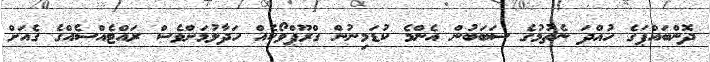
ދޮންބައްޕަގެ ހުއްދަ ނެތުމުގެ ސަބަބުން އެންމެ ކުޑަމިނުން ގްރޫޕްވޯކެއް ހަދާލުމަށްވެސް ރައްޓެއްސެއްގެ ގެއަށް